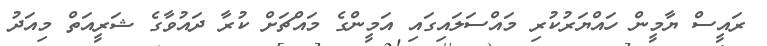
ރައީސް ޔާމީން ހައްޔަރުކުރި މައްސަލައިގައި އަމީންގެ މައްޗަށް ކުރާ ދައުވާގެ ޝަރީއަތް މިއަދު